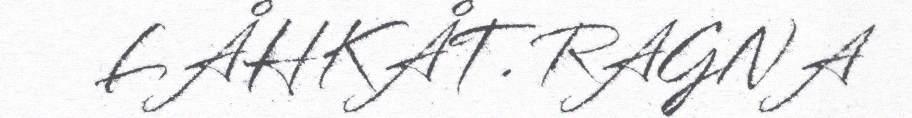
LÅHKÅT. RAGNA